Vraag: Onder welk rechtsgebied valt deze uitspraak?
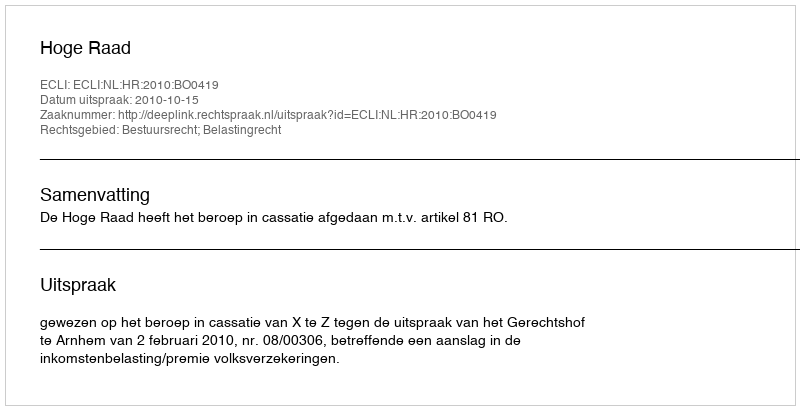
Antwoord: Bestuursrecht; Belastingrecht